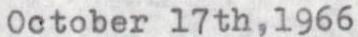
October 17th,1966